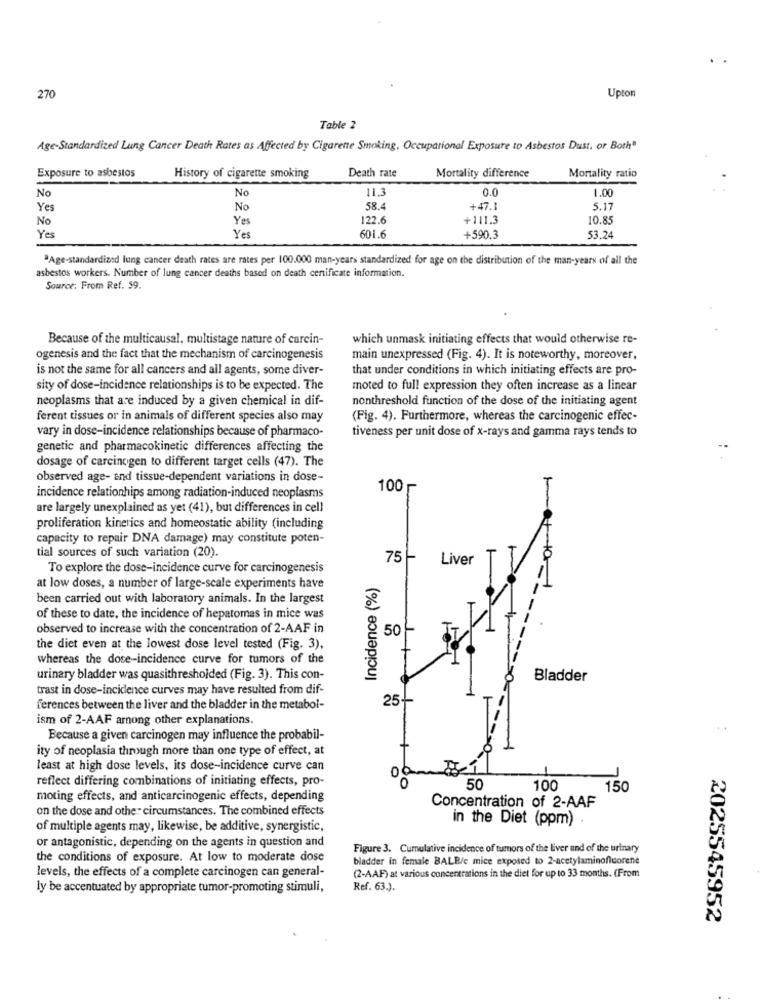
270
Upton
Table 2
Age-Standardized Lung Cancer Death Rates as Affected by Cigarette Smoking, Occupational Exposure to Asbestos Dust, or Both"
Exposure to asbestos
History of cigarette smoking
Death rate
Mortality difference
Mortality ratio
No
11.3
0.0
1.00
No
Yes
No
58.4
+47.1
5.17
No
Yes
122.6
+111.3
10.85
Yes
Yes
601.6
+590.3
53.24
"Age-standardized lung cancer death rates are rates per 100.000 man-years standardized for age on the distribution of the man-years of all the
asbestos workers. Number of lung cancer deaths based on death certificate information.
Source: From Ref. 59.
Because of the multicausal, multistage nature of carcin-
which unmask initiating effects that would otherwise re-
ogenesis and the fact that the mechanism of carcinogenesis
main unexpressed (Fig. 4). It is noteworthy, moreover,
is not the same for all cancers and all agents, some diver-
that under conditions in which initiating effects are pro-
sity of dose-incidence relationships is to be expected. The
moted to full expression they often increase as a linear
neoplasms that are induced by a given chemical in dif-
nonthreshold function of the dose of the initiating agent
ferent tissues or in animals of different species also may
(Fig. 4). Furthermore, whereas the carcinogenic effec-
vary in dose-incidence relationships because of pharmaco-
tiveness per unit dose of x-rays and gamma rays tends to
genetic and pharmacokinetic differences affecting the
dosage of carcinogen to different target cells (47). The
observed age- and tissue-dependent variations in dose-
100 г
incidence relationhips among radiation-induced neoplasms
are largely unexplained as yet (41), but differences in cell
proliferation kinetics and homeostatic ability (including
capacity to repair DNA damage) may constitute poten-
tial sources of such variation (20).
75
Liver
To explore the dose-incidence curve for carcinogenesis
Incidence (%)
at low doses, a number of large-scale experiments have
been carried out with laboratory animals. In the largest
of these to date, the incidence of hepatomas in mice was
observed to increase with the concentration of 2-AAF in
50
the diet even at the lowest dose level tested (Fig. 3),
whereas the dose-incidence curve for tumors of the
urinary bladder was quasithresholded (Fig. 3). This con-
Bladder
trast in dose-incidence curves may have resulted from dif-
25
ferences between the liver and the bladder in the metabol-
ism of 2-AAF arnong other explanations.
Because a given carcinogen may influence the probabil-
ity of neoplasia through more than one type of effect, at
least at high dose levels, its dose-incidence curve can
reflect differing combinations of initiating effects, pro-
O
50
100
150
moting effects, and anticarcinogenic effects, depending
on the dose and othe - circumstances. The combined effects
Concentration of 2-AAF
in the Diet (ppm)
of multiple agents may, likewise, be additive, synergistic,
or antagonistic, depending on the agents in question and
Figure 3. Cumulative incidence of tumors of the liver and of the urinary
the conditions of exposure. At low to moderate dose
bladder in female BALB/c mice exposed to 2-acetylaminoficorene
levels, the effects of a complete carcinogen can general-
(2-AAF) at various concentrations in the diet for up to 33 months. (From
ly be accentuated by appropriate tumor-promoting stimuli,
Ref. 63.).
2025545952